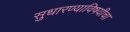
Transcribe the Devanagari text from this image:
सुधारण्याविषयीचा